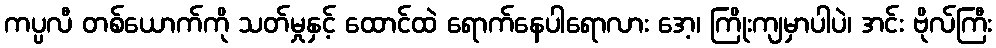
ကပ္ပလီ တစ်ယောက်ကို သတ်မှုနှင့် ထောင်ထဲ ရောက်နေပါရောလား အေ့၊ ကြိုးကျမှာပါပဲ၊ အင်း ဗိုလ်ကြီး